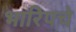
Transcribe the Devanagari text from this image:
भारिपचे